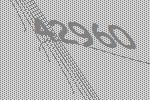
42960